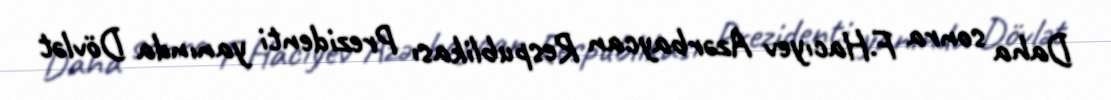
Daha sonra F.Hacıyev Azərbaycan Respublikası Prezidenti yanında Dövlət